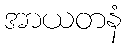
အာယတနံ